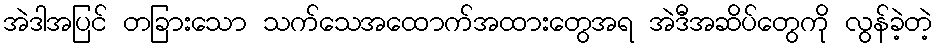
အဲဒါအပြင် တခြားသော သက်သေအထောက်အထားတွေအရ အဲဒီအဆိပ်တွေကို လွန်ခဲ့တဲ့